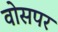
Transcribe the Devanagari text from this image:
वोसपर